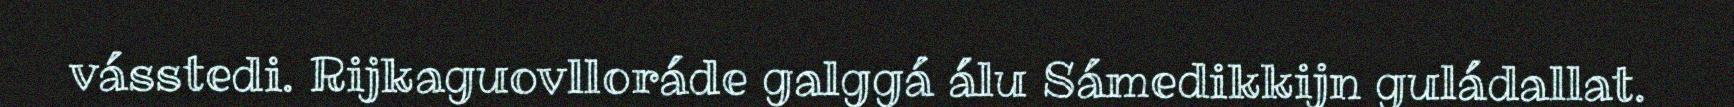
vásstedi. Rijkaguovlloráde galggá álu Sámedikkijn guládallat.